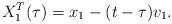
LaTeX: \begin{align*} X_1^T(\tau) = x_1 - (t-\tau)v_1. \end{align*}